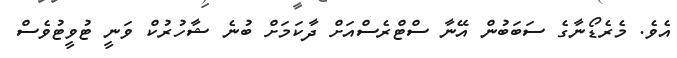
އެވެ. މެރެޑޯނާގެ ސަބަބުން އޭނާ ސްޓްރެސްއަށް ދާކަމަށް ބުނެ ޝާހުރުކް ވަނީ ޓުވީޓުވެސް